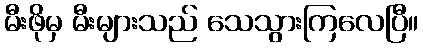
မီးဖိုမှ မီးများသည် သေသွားကြလေပြီ။